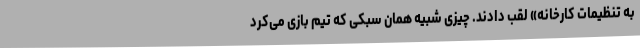
به تنظیمات کارخانه» لقب دادند. چیزی شبیه همان سبکی که تیم بازی می‌کرد